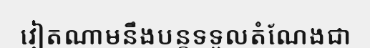
វៀតណាមនឹងបន្តទទួលតំណែងជា